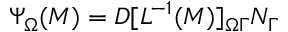
\Psi _ { \Omega } ( M ) = D [ L ^ { - 1 } ( M ) ] _ { \Omega \Gamma } N _ { \Gamma }